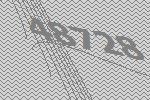
48728